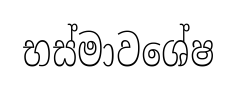
භස්මාවශේෂ